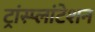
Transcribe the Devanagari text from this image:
ट्रांस्प्लांटेशन